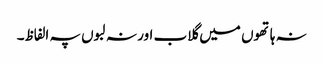
نہ ہاتھوں میں گلاب اور نہ لبوں پہ الفاظ۔